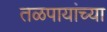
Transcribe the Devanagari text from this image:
तळपायांच्या